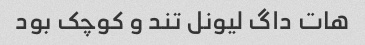
هات داگ لیونل تند و کوچک بود